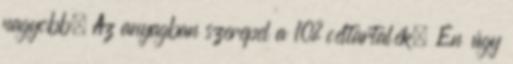
nagyobb. Az anyagban szerepel a 10% céltartalék. Én úgy